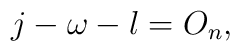
j-\omega-l = O_n,